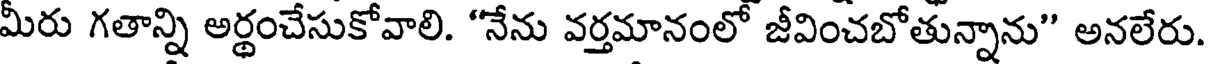
మీరు గతాన్ని అర్థంచేసుకోవాలి. "నేను వర్తమానంలో జీవించబోతున్నాను" అనలేరు.